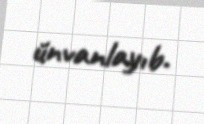
ünvanlayıb.